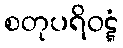
စတုပရိဝဋ္ဋံ